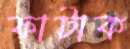
ফাটাক